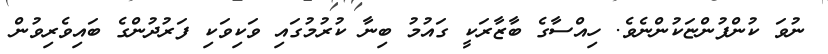
ނުވަ ކުންފުންޏަކުންނެވެ. ހިއްސާގެ ބާޒާރަކީ ގައުމު ބިނާ ކުރުމުގައި ވަކިވަކި ފަރުދުންގެ ބައިވެރިވުން